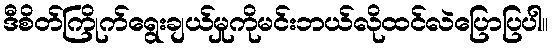
ဒီစိတ်ကြိုက်ရွေးချယ်မှုကိုမင်းဘယ်လိုထင်လဲပြောပြပါ။